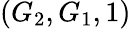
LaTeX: \left(G_{2},G_{1},1\right)